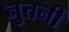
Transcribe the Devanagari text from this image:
नुतनी